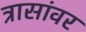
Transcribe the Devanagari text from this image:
त्रासांवर